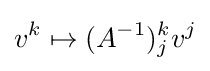
v^{k}\mapsto (A^{-1})_{j}^{k}v^{j}